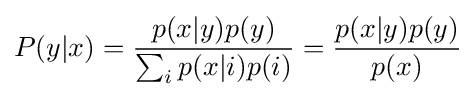
P(y|x)={\frac {p(x|y)p(y)}{\textstyle \sum _{i}p(x|i)p(i)\displaystyle }}={\frac {p(x|y)p(y)}{p(x)}}